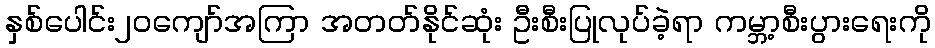
နှစ်ပေါင်း၂၀ကျော်အကြာ အတတ်နိုင်ဆုံး ဦးစီးပြုလုပ်ခဲ့ရာ ကမ္ဘာ့စီးပွားရေးကို